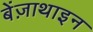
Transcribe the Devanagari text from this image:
बेंज़ाथाइन